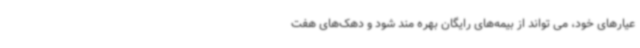
عیارهای خود، می تواند از بیمه‌های رایگان بهره مند شود و دهک‌های هفت